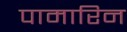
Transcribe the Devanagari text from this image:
पामारिन